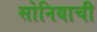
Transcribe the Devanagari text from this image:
सोनियाची